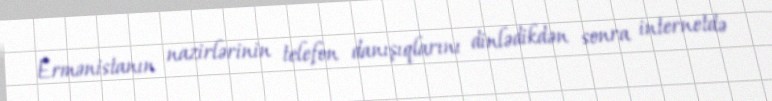
Ermənistanın nazirlərinin telefon danışıqlarını dinlədikdən sonra internetdə